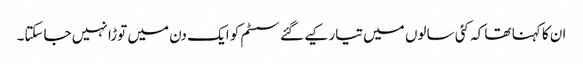
ان کا کہنا تھا کہ کئی سالوں میں تیار کیے گئے سسٹم کو ایک دن میں توڑا نہیں جاسکتا۔